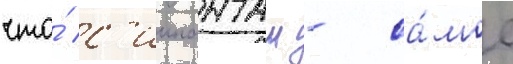
что́ с'иипанташ - са́мое